Document type: Sale
Year: 1326
Scribe: Bartomeu Marc
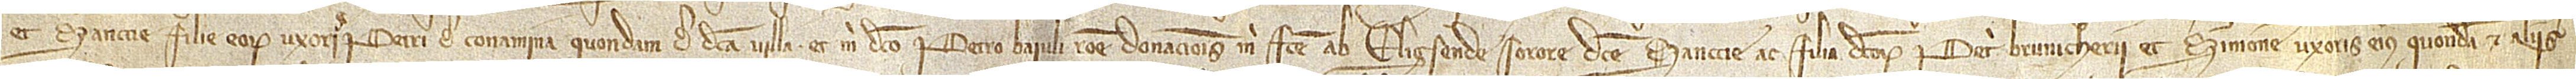
et Sancie, filie eorum, uxoris Petri de Conamina, quondam, de dicta villa, et mihi dicto Petro Baiuli ratione donacionis mihi facte ab Eligsende, sorore dicte Sancie ac filia dictorum Petri Brunicherii et Simone, uxoris eius, quondam, et aliis